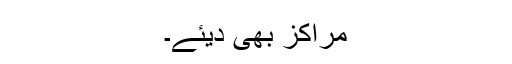
مراکز بھی دیئے۔